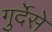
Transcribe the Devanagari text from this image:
गुर्देसे